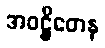
အဝဋ္ဌိတေန